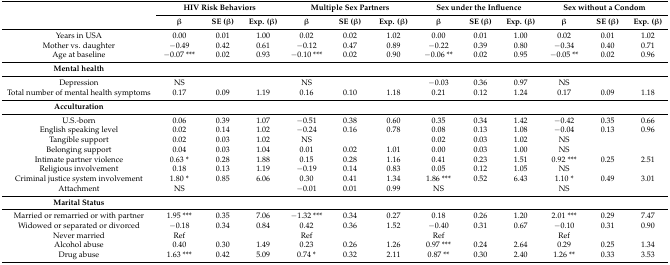
<table><thead><tr><td rowspan="2"></td><td colspan="3"><b>HIV Risk Behaviors</b></td><td colspan="3"><b>Multiple Sex Partners</b></td><td colspan="3"><b>Sex under the Influence</b></td><td colspan="3"><b>Sex without a Condom</b></td></tr><tr><td><b>β</b></td><td><b>SE (β)</b></td><td><b>Exp. (β)</b></td><td><b>β</b></td><td><b>SE (β)</b></td><td><b>Exp. (β)</b></td><td><b>β</b></td><td><b>SE (β)</b></td><td><b>Exp. (β)</b></td><td><b>β</b></td><td><b>SE (β)</b></td><td><b>Exp. (β)</b></td></tr></thead><tbody><tr><td>Years in USA</td><td>0.00</td><td>0.01</td><td>1.00</td><td>0.02</td><td>0.02</td><td>1.02</td><td>0.00</td><td>0.01</td><td>1.00</td><td>0.02</td><td>0.01</td><td>1.02</td></tr><tr><td>Mother vs. daughter</td><td>−0.49</td><td>0.42</td><td>0.61</td><td>−0.12</td><td>0.47</td><td>0.89</td><td>−0.22</td><td>0.39</td><td>0.80</td><td>−0.34</td><td>0.40</td><td>0.71</td></tr><tr><td>Age at baseline</td><td>−0.07 ***</td><td>0.02</td><td>0.93</td><td>−0.10 ***</td><td>0.02</td><td>0.90</td><td>−0.06 **</td><td>0.02</td><td>0.95</td><td>−0.05 **</td><td>0.02</td><td>0.96</td></tr><tr><td><b>Mental health</b></td><td></td><td></td><td></td><td></td><td></td><td></td><td></td><td></td><td></td><td></td><td></td><td></td></tr><tr><td>Depression</td><td>NS</td><td></td><td></td><td>NS</td><td></td><td></td><td>−0.03</td><td>0.36</td><td>0.97</td><td>NS</td><td></td><td></td></tr><tr><td>Total number of mental health symptoms</td><td>0.17</td><td>0.09</td><td>1.19</td><td>0.16</td><td>0.10</td><td>1.18</td><td>0.21</td><td>0.12</td><td>1.24</td><td>0.17</td><td>0.09</td><td>1.18</td></tr><tr><td><b>Acculturation</b></td><td></td><td></td><td></td><td></td><td></td><td></td><td></td><td></td><td></td><td></td><td></td><td></td></tr><tr><td>U.S.-born</td><td>0.06</td><td>0.39</td><td>1.07</td><td>−0.51</td><td>0.38</td><td>0.60</td><td>0.35</td><td>0.34</td><td>1.42</td><td>−0.42</td><td>0.35</td><td>0.66</td></tr><tr><td>English speaking level</td><td>0.02</td><td>0.14</td><td>1.02</td><td>−0.24</td><td>0.16</td><td>0.78</td><td>0.08</td><td>0.13</td><td>1.08</td><td>−0.04</td><td>0.13</td><td>0.96</td></tr><tr><td>Tangible support</td><td>0.02</td><td>0.03</td><td>1.02</td><td>NS</td><td></td><td></td><td>0.02</td><td>0.03</td><td>1.02</td><td>NS</td><td></td><td></td></tr><tr><td>Belonging support</td><td>0.04</td><td>0.03</td><td>1.04</td><td>0.01</td><td>0.02</td><td>1.01</td><td>0.00</td><td>0.03</td><td>1.00</td><td>NS</td><td></td><td></td></tr><tr><td>Intimate partner violence</td><td>0.63 *</td><td>0.28</td><td>1.88</td><td>0.15</td><td>0.28</td><td>1.16</td><td>0.41</td><td>0.23</td><td>1.51</td><td>0.92 ***</td><td>0.25</td><td>2.51</td></tr><tr><td>Religious involvement</td><td>0.18</td><td>0.13</td><td>1.19</td><td>−0.19</td><td>0.14</td><td>0.83</td><td>0.05</td><td>0.12</td><td>1.05</td><td>NS</td><td></td><td></td></tr><tr><td>Criminal justice system involvement</td><td>1.80 *</td><td>0.85</td><td>6.06</td><td>0.30</td><td>0.41</td><td>1.34</td><td>1.86 ***</td><td>0.52</td><td>6.43</td><td>1.10 *</td><td>0.49</td><td>3.01</td></tr><tr><td>Attachment</td><td>NS</td><td></td><td></td><td>−0.01</td><td>0.01</td><td>0.99</td><td>NS</td><td></td><td></td><td>NS</td><td></td><td></td></tr><tr><td><b>Marital Status</b></td><td></td><td></td><td></td><td></td><td></td><td></td><td></td><td></td><td></td><td></td><td></td><td></td></tr><tr><td>Married or remarried or with partner</td><td>1.95 ***</td><td>0.35</td><td>7.06</td><td>−1.32 ***</td><td>0.34</td><td>0.27</td><td>0.18</td><td>0.26</td><td>1.20</td><td>2.01 ***</td><td>0.29</td><td>7.47</td></tr><tr><td>Widowed or separated or divorced</td><td>−0.18</td><td>0.34</td><td>0.84</td><td>0.42</td><td>0.36</td><td>1.52</td><td>−0.40</td><td>0.31</td><td>0.67</td><td>−0.10</td><td>0.31</td><td>0.90</td></tr><tr><td>Never married</td><td>Ref</td><td></td><td></td><td>Ref</td><td></td><td></td><td>Ref</td><td></td><td></td><td>Ref</td><td></td><td></td></tr><tr><td>Alcohol abuse</td><td>0.40</td><td>0.30</td><td>1.49</td><td>0.23</td><td>0.26</td><td>1.26</td><td>0.97 ***</td><td>0.24</td><td>2.64</td><td>0.29</td><td>0.25</td><td>1.34</td></tr><tr><td>Drug abuse</td><td>1.63 ***</td><td>0.42</td><td>5.09</td><td>0.74 *</td><td>0.32</td><td>2.11</td><td>0.87 **</td><td>0.30</td><td>2.40</td><td>1.26 **</td><td>0.33</td><td>3.53</td></tr></tbody></table>